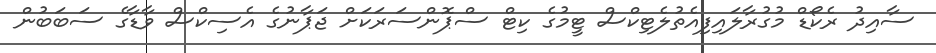
ސާއިދު ރެކޯޑް މުުގުރާލައިފިއެތުލެޓިކްސް ޓީމުގެ ކިޓް ސްޕޮންސަރަކަށް ޖަޕާނުގެ އެސިކްސް ވާޑާގެ ސަބަބުން